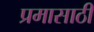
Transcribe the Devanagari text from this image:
प्रमासाठी